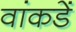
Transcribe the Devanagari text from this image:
वांकडें